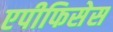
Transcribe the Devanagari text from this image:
एपीफिसेस